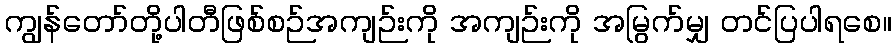
ကျွန်တော်တို့ပါတီဖြစ်စဉ်အကျဉ်းကို အကျဉ်းကို အမြွက်မျှ တင်ပြပါရစေ။